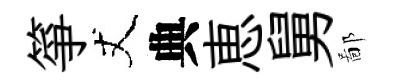
箏丈典恵舅鄙